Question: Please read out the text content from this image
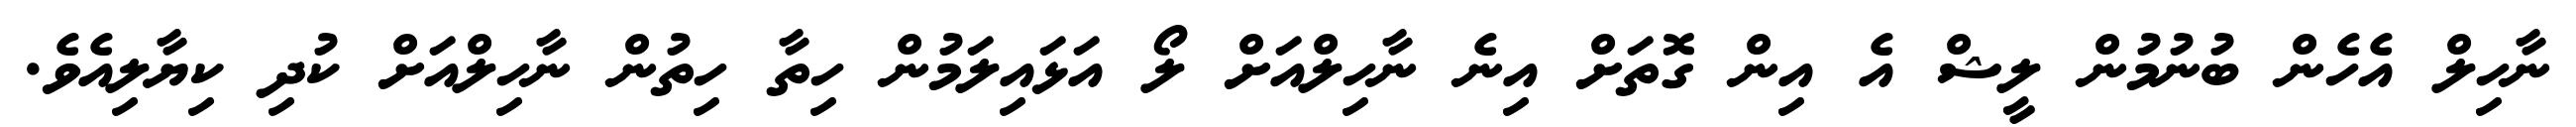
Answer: ނާހިލް އެހެން ބުނުމުން ލީޝް އެ އިން ގޮތަށް އިނެ ނާހިލްއަށް ލޯ އަޅައިލަމުން ހިތާ ހިތުން ނާހިލްއަށް ކުދި ކިޔާލިއެވެ.